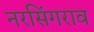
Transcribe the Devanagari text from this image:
नरसिंगराव